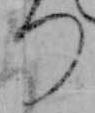
つ